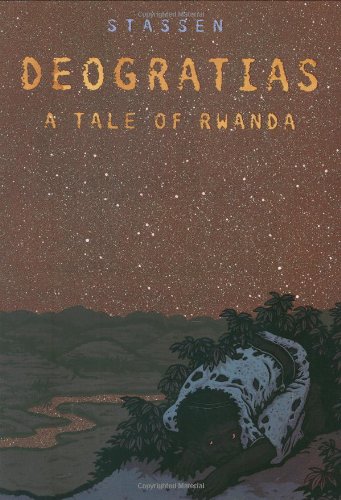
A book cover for Deogratias, A Tale of Rwanda; J.P. Stassen; Comics & Graphic Novels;